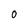
Character: 0